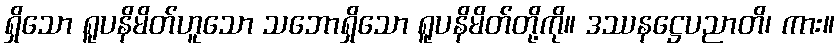
ရှိသော ရူပနိမိတ်ဟူသော သဘောရှိသော ရူပနိမိတ်တို့ကို။ ဒဿနဋ္ဌေပညာတိ၊ ကား။